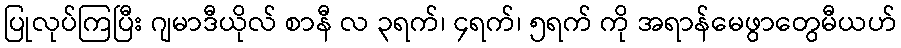
ပြုလုပ်ကြပြီး ဂျမာဒီယိုလ် စာနီ လ ၃ရက်၊ ၄ရက်၊ ၅ရက် ကို အရာန်မေဖွာတွေမီယဟ်